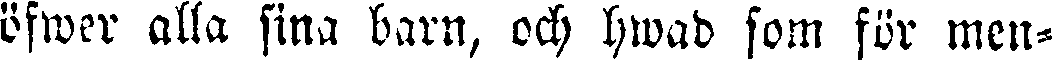
öfwer alla sina barn, och hwad som för men-